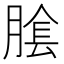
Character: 𦝴